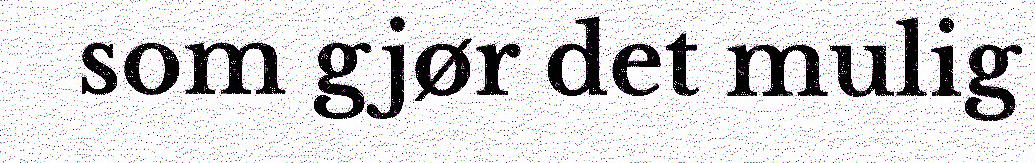
som gjør det mulig